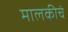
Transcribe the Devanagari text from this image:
मालकीचं